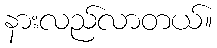
နားလည်လာတယ်။